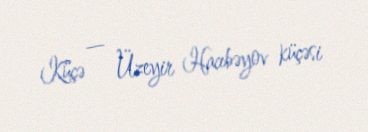
Küçə — Üzeyir Hacıbəyov küçəsi